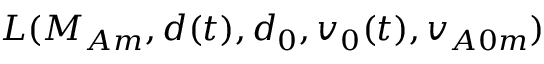
L ( M _ { A m } , d ( t ) , d _ { 0 } , v _ { 0 } ( t ) , v _ { A 0 m } )